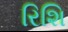
રિશિ